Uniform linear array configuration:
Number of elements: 48
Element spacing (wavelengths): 0.75
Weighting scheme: blackman
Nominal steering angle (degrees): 30
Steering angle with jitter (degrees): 30.634
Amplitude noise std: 0.05
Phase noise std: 0.05

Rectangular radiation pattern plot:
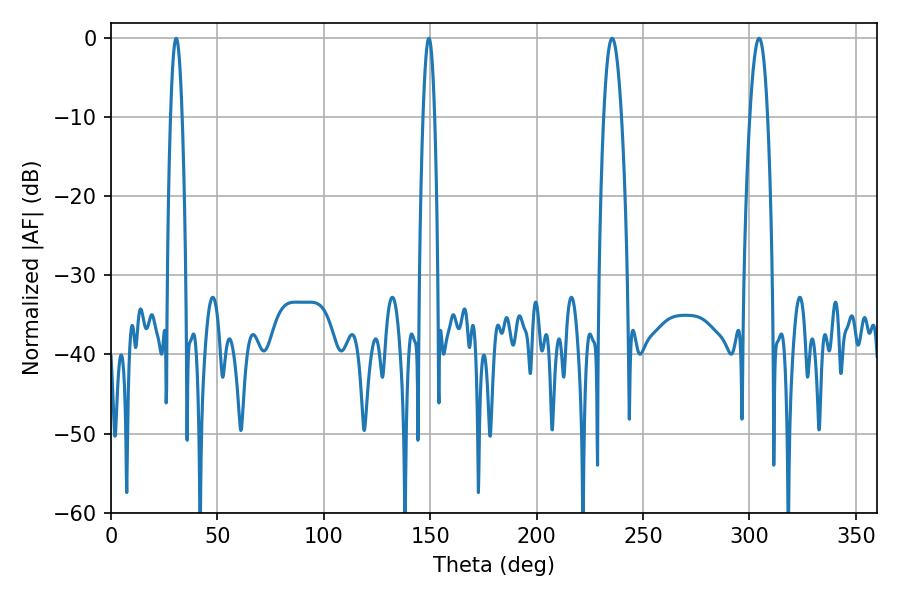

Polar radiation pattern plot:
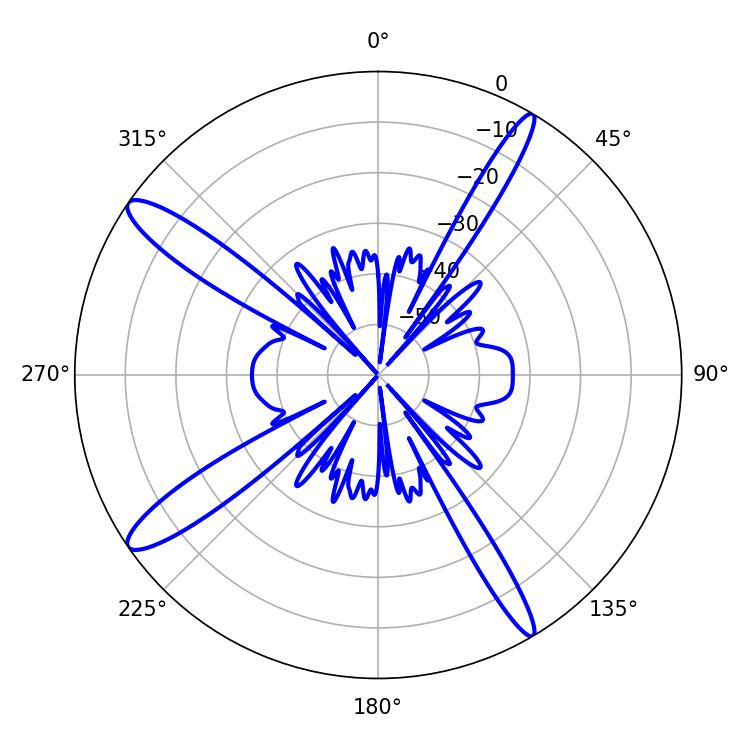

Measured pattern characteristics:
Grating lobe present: TRUE
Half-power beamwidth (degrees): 4.5
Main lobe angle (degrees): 235.44